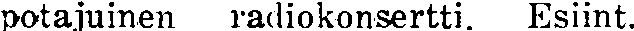
potajuinen radiokonsertti. Esiint.